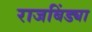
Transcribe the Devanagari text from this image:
राजबिंड्या